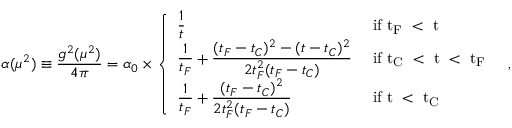
\alpha ( \mu ^ { 2 } ) \equiv \frac { g ^ { 2 } ( \mu ^ { 2 } ) } { 4 \pi } = \alpha _ { 0 } \times \left\{ \begin{array} { l l } { { \displaystyle \frac { 1 } { t } } } & { { \mathrm { ~ i f ~ t _ { F } ~ < ~ t ~ } \smallskip } } \\ { { \displaystyle \frac { 1 } { t _ { F } } + \frac { ( t _ { F } - t _ { C } ) ^ { 2 } - ( t - t _ { C } ) ^ { 2 } } { 2 t _ { F } ^ { 2 } ( t _ { F } - t _ { C } ) } } } & { { \smallskip \mathrm { ~ i f ~ t _ { C } ~ < ~ t ~ < ~ t _ { F } ~ } } } \\ { { \displaystyle \frac { 1 } { t _ { F } } + \frac { ( t _ { F } - t _ { C } ) ^ { 2 } } { 2 t _ { F } ^ { 2 } ( t _ { F } - t _ { C } ) } } } & { { \mathrm { ~ i f ~ t ~ < ~ t _ { C } ~ } \smallskip } } \end{array} \right. ~ ,